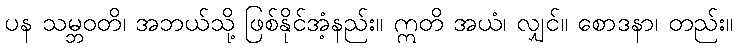
ပန သမ္ဘဝတိ၊ အဘယ်သို့ ဖြစ်နိုင်အံ့နည်း။ ဣတိ အယံ၊ လျှင်။ စောဒနာ၊ တည်း။